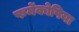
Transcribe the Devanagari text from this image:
फर्मेकोपिया